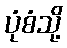
ပုံစံသို့